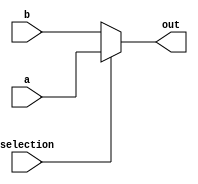
`timescale 1ns / 1ps
//////////////////////////////////////////////////////////////////////////////////
// Company: 
// Engineer: 
// 
// Design Name: 
// Module Name:    mux2_1_1bit 
// Project Name: 
// Target Devices: 
// Tool versions: 
// Description: 
//
// Dependencies: 
//
// Revision: 
// Revision 0.01 - File Created
// Additional Comments: 
//
//////////////////////////////////////////////////////////////////////////////////
module mux2_1_1bit(
    input a,
    input b,
    input selection,
    output out
    );

	assign out = (selection == 1'b1) ? a : b;

endmodule